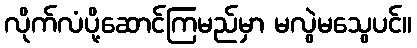
လိုက်လံပို့ဆောင်ကြမည်မှာ မလွဲမသွေပင်။